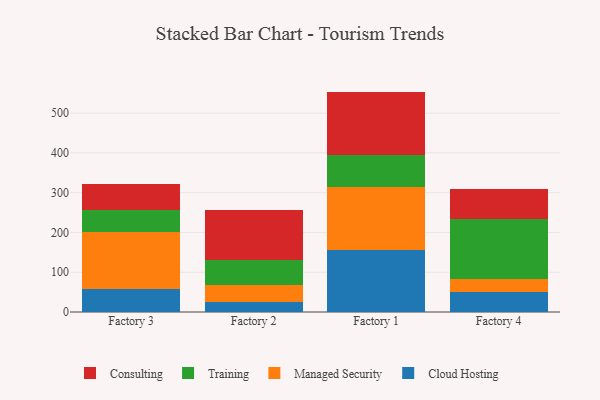
{"axis": {"x": "Factory", "y": "Budget (USD K)"}, "legend": ["Cloud Hosting", "Consulting", "Managed Security", "Training"], "data": [{"x": "Factory 3", "y": 58.5, "type": "Cloud Hosting"}, {"x": "Factory 3", "y": 143.0, "type": "Managed Security"}, {"x": "Factory 3", "y": 54.8, "type": "Training"}, {"x": "Factory 3", "y": 66.6, "type": "Consulting"}, {"x": "Factory 2", "y": 24.6, "type": "Cloud Hosting"}, {"x": "Factory 2", "y": 42.9, "type": "Managed Security"}, {"x": "Factory 2", "y": 63.0, "type": "Training"}, {"x": "Factory 2", "y": 124.7, "type": "Consulting"}, {"x": "Factory 1", "y": 157.0, "type": "Cloud Hosting"}, {"x": "Factory 1", "y": 157.4, "type": "Managed Security"}, {"x": "Factory 1", "y": 80.0, "type": "Training"}, {"x": "Factory 1", "y": 159.7, "type": "Consulting"}, {"x": "Factory 4", "y": 51.1, "type": "Cloud Hosting"}, {"x": "Factory 4", "y": 31.1, "type": "Managed Security"}, {"x": "Factory 4", "y": 152.5, "type": "Training"}, {"x": "Factory 4", "y": 74.1, "type": "Consulting"}]}